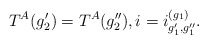
\begin{align*} T^A(g_2') = T^A(g_2''), i = i^{(g_1)}_{g_1', g_1''}.\end{align*}